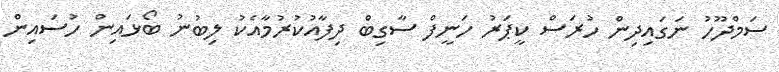
ސަމްދޫހު ނަގައިދިން ހުރަސް ކީޕަރު ހަނީފް ސާގިބް ދިފާއުކުރުމާއެކު ލިބުނު ބޯޅައިން ހުސައިން